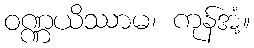
ဝဏ္ဏယိဿာမ၊ ကုန်အံ့။